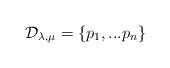
\begin{align*} {\mathcal D}_{\lambda,\mu}=\{p_1,...p_n\}\end{align*}